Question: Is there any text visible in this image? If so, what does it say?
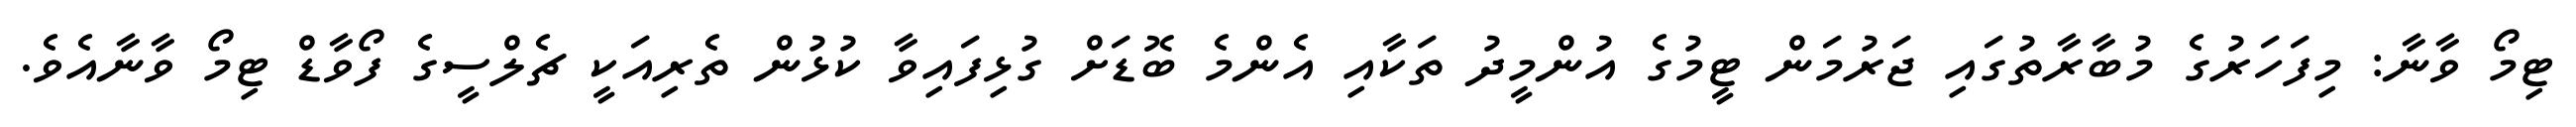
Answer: ޓިމޯ ވާނާ: މިފަހަރުގެ މުބާރާތުގައި ޖަރުމަން ޓީމުގެ އުންމީދު ތަކާއި އެންމެ ބޮޑަށް ގުޅިފައިވާ ކުޅުން ތެރިއަކީ ޗެލްސީގެ ފޯވާޑް ޓިމޯ ވާނާއެވެ.